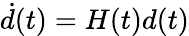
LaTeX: {\dot{d}}(t)=H(t)d(t)